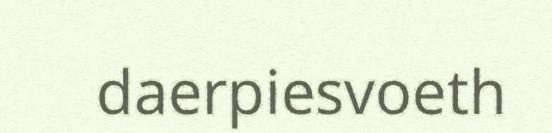
daerpiesvoeth